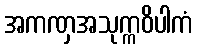
အကဏှအသုက္ကဝိပါကံ